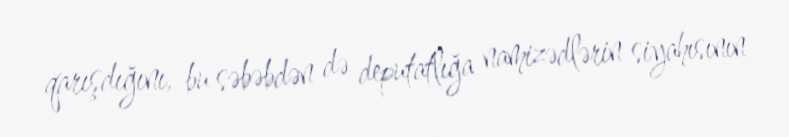
qarışdığını, bu səbəbdən də deputatlığa namizədlərin siyahısının